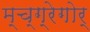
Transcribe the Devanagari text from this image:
म्च्ग्रेगोर्